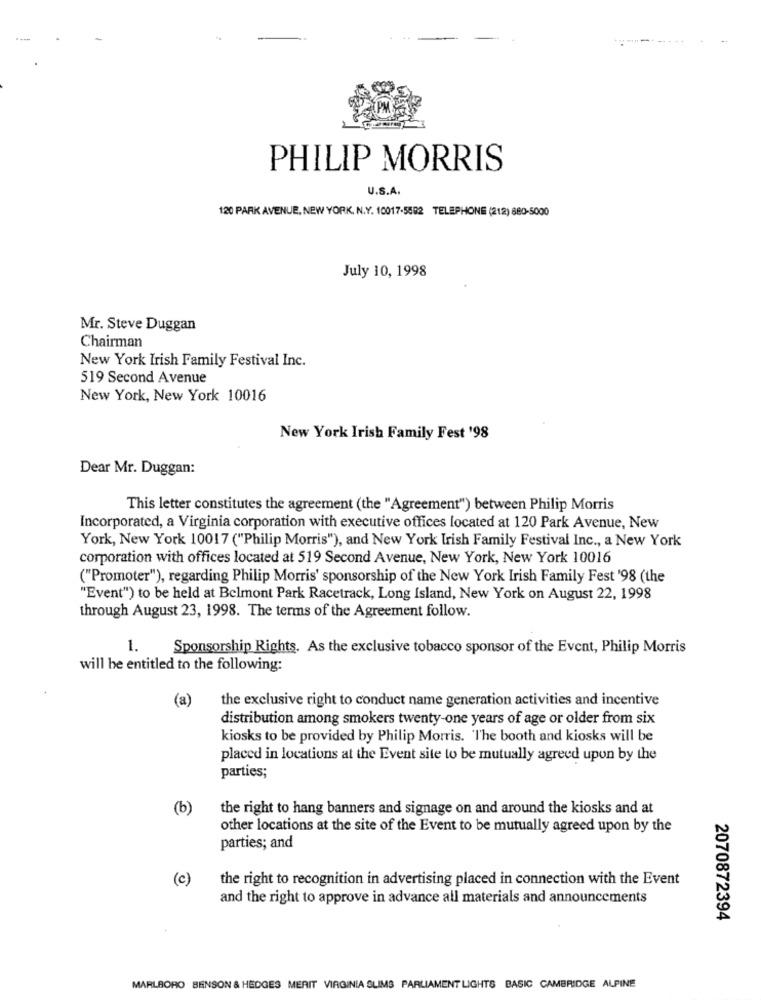
PHILIP MORRIS
U.S.A.
120 PARK AVENUE, NEW YORK, N.Y. 10017-5582 TELEPHONE (212) 880-5000
July 10, 1998
Mr. Steve Duggan
Chairman
New York Irish Family Festival Inc.
519 Second Avenue
New York, New York 10016
New York Irish Family Fest '98
Dear Mr. Duggan:
This letter constitutes the agreement (the "Agreement") between Philip Morris
Incorporated, a Virginia corporation with executive offices located at 120 Park Avenue, New
York, New York 10017 ("Philip Morris"), and New York Irish Family Festival Inc ., a New York
corporation with offices located at 519 Second Avenue, New York, New York 10016
("Promoter"), regarding Philip Morris' sponsorship of the New York Irish Family Fest '98 (the
"Event") to be held at Belmont Park Racetrack, Long Island, New York on August 22, 1998
through August 23, 1998. The terms of the Agreement follow.
1.
Sponsorship Rights. As the exclusive tobacco sponsor of the Event, Philip Morris
will be entitled to the following:
(a)
the exclusive right to conduct name generation activities and incentive
distribution among smokers twenty-one years of age or older from six
kiosks to be provided by Philip Morris. The booth and kiosks will be
placed in locations at the Event site to be mutually agreed upon by the
parties;
(b)
the right to hang banners and signage on and around the kiosks and at
other locations at the site of the Event to be mutually agreed upon by the
parties; and
(c)
the right to recognition in advertising placed in connection with the Event
and the right to approve in advance all materials and announcements
2070872394
MARLBORO BENSON & HEDGES MERIT VIRGINIA SLIMS PARLIAMENT LIGHTS BASIC CAMBRIDGE ALPINE